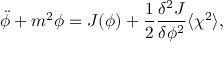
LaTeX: \ddot { \phi } + m ^ { 2 } { \phi } = J ( \phi ) + \frac { 1 } { 2 } \frac { { \delta } ^ { 2 } J } { { \delta } { \phi } ^ { 2 } } \langle { \chi } ^ { 2 } \rangle ,